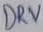
Text: DRV